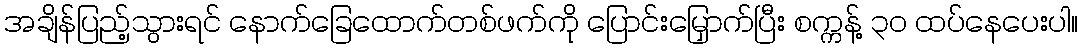
အချိန်ပြည့်သွားရင် နောက်ခြေထောက်တစ်ဖက်ကို ပြောင်းမြှောက်ပြီး စက္ကန့် ၃၀ ထပ်နေပေးပါ။